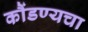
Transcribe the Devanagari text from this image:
कौंडण्यचा